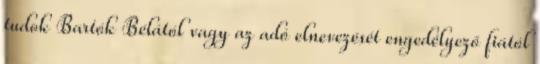
tudok Bartók Bélától vagy az adó elnevezését engedélyező fiától